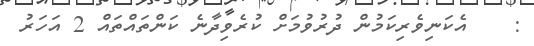
:    އެކަނިވެރިކަމުން ދުރުވުމަށް ކުރެވިދާނެ ކަންތައްތައް 2 އަހަރު